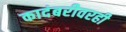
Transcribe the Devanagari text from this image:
कादंबरीवरही